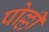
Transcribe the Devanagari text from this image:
पोल्ली